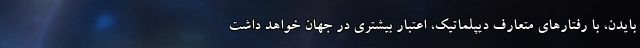
بایدن، با رفتارهای متعارف دیپلماتیک، اعتبار بیشتری در جهان خواهد داشت